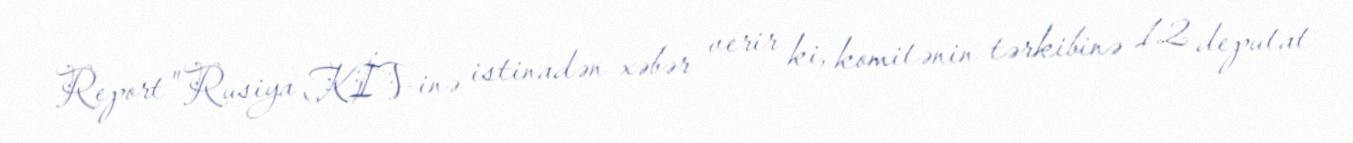
Report" Rusiya KİV-inə istinadən xəbər verir ki, komitənin tərkibinə 12 deputat